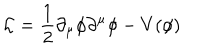
\mathcal { L } = \frac { 1 } { 2 } \partial _ { \mu } \phi \partial ^ { \mu } \phi - V ( \phi )